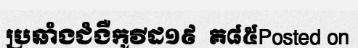
ប្រឆាំងជំងឺកូវីដ១៩  គ៨៥Posted on